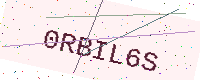
Text: 0RBIL6S